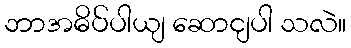
ဘာအဓိပ်ပါယျ ဆောငျပါ သလဲ။